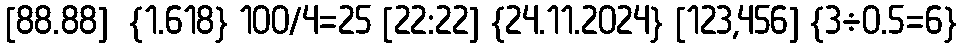
[88.88]  {1.618} 100/4=25 [22:22] {24.11.2024} [123,456] {3÷0.5=6}